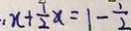
: x + \frac { 1 } { 2 } x = 1 - \frac { 1 } { 2 }